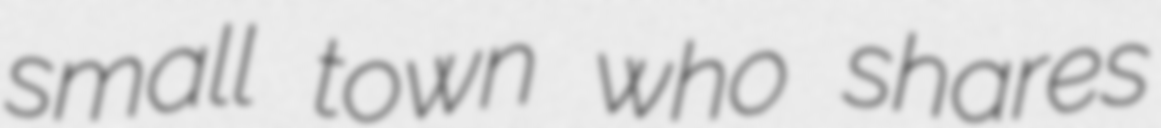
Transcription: small town who shares